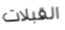
القبلات